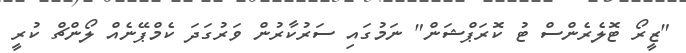
"ޒީރޯ ޓޮލެރެންސް ޓު ކޮރަޕްޝަން" ނަމުގައި ސަރުކާރުން ވަރުގަދަ ކެމްޕޭނެއް ލޯންޗް ކުރީ